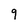
Character: 9